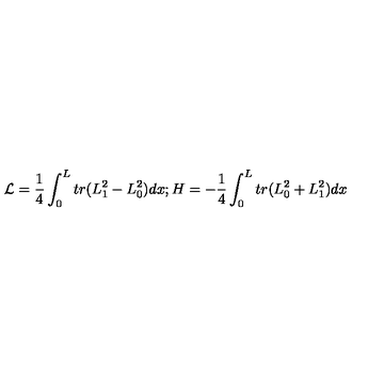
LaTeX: { \cal L } = \frac { 1 } { 4 } \int _ { 0 } ^ { L } t r ( L _ { 1 } ^ { 2 } - L _ { 0 } ^ { 2 } ) d x ; H = - \frac { 1 } { 4 } \int _ { 0 } ^ { L } t r ( L _ { 0 } ^ { 2 } + L _ { 1 } ^ { 2 } ) d x